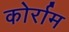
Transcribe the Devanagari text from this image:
कोर्राम